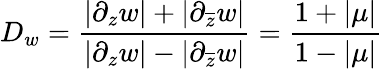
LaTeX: D_{w}=\frac{|\partial_{z}w|+|\partial_{\overline{{z}}}w|}{|\partial_{z}w|-|\partial_{\overline{{z}}}w|}=\frac{1+|\mu|}{1-|\mu|}